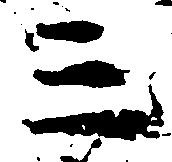
三